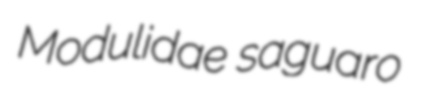
Modulidae saguaro